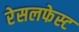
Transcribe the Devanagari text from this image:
रेसलफेस्ट